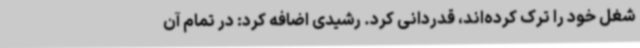
شغل خود را ترک کرده‌اند، قدردانی کرد. رشیدی اضافه کرد: در تمام آن